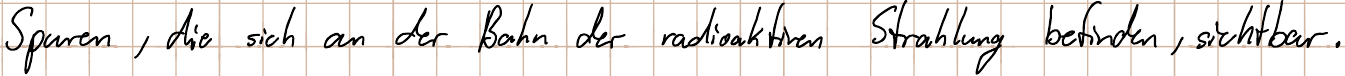
Spuren, die sich an der Bahn der radioaktiven Strahlung befinden, sichtbar.